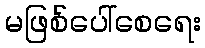
မဖြစ်ပေါ်စေရေး